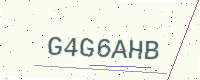
Text: G4G6AHB